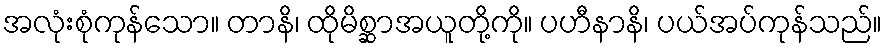
အလုံးစုံကုန်သော။ တာနိ၊ ထိုမိစ္ဆာအယူတို့ကို။ ပဟီနာနိ၊ ပယ်အပ်ကုန်သည်။